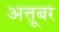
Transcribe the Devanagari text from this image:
अत्तूबर